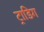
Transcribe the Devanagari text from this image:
ट्राडिग